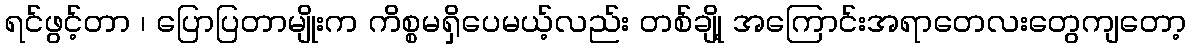
ရင်ဖွင့်တာ ၊ ပြောပြတာမျိုးက ကိစ္စမရှိပေမယ့်လည်း တစ်ချို့ အကြောင်းအရာတေလးတွေကျတော့